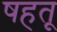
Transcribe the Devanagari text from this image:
षहतू